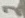
Text: 2